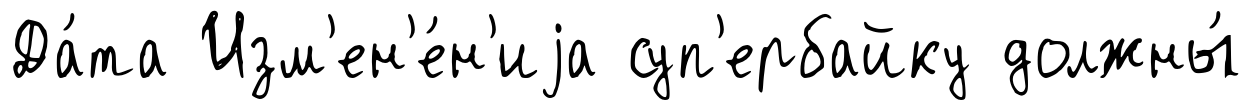
Да́та Изм'ен'е́н'иjа суп'ербайку должны́